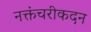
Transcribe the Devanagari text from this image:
नक्तंचरीकदन